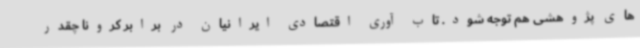
های پژوهشی هم توجه شود. تاب آوری اقتصادی ایرانیان در برابر کرونا چقدر